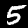
Digit: 5